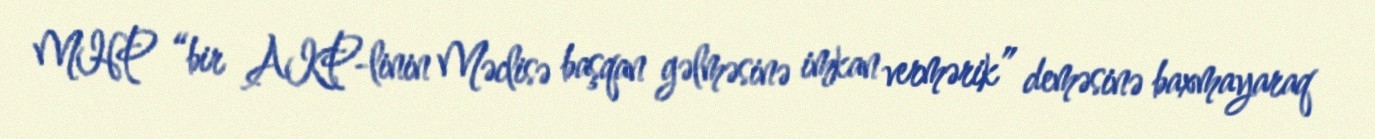
MHP “bir AKP-linin Məclisə başqan gəlməsinə imkan vermərik” deməsinə baxmayaraq